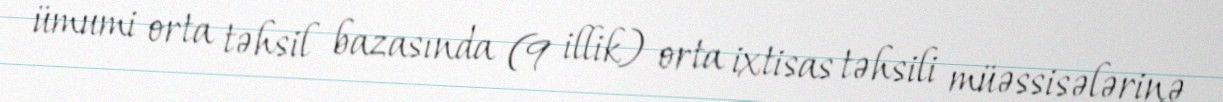
ümumi orta təhsil bazasında (9 illik) orta ixtisas təhsili müəssisələrinə